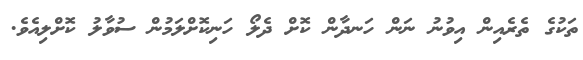
ތަކުގެ ތެރެއިން އިވުނު ނަން ހަނދާން ކޮށް ދެލޯ ހަނިކޮށްލަމުން ސުވާލު ކޮށްލިއެވެ.